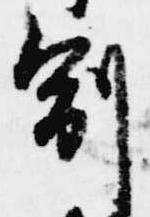
副